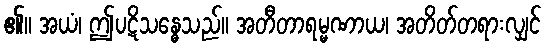
၏။ အယံ၊ ဤပဋိသန္ဓေသည်။ အတီတာရမ္မဏာယ၊ အတိတ်တရားလျှင်